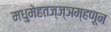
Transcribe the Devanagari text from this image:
मधुमेहतज्ज्ञम्हणून